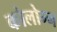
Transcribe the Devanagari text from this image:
कोलोग्न